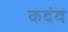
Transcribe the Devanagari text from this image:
कदंव